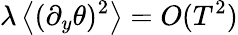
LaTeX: \lambda\left\langle(\partial_{y}\theta)^{2}\right\rangle=O(T^{2})